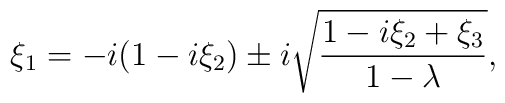
\xi_1=-i(1-i\xi_2)\pm i\sqrt{{1-i\xi_2+\xi_3\over{1-\lambda}}},